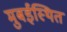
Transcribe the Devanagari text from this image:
मुबईस्थित